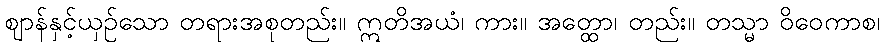
ဈာန်နှင့်ယှဉ်သော တရားအစုတည်း။ ဣတိအယံ၊ ကား။ အတ္ထော၊ တည်း။ တသ္မာ ဝိဝေကာစ၊